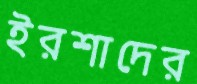
ইরশাদের